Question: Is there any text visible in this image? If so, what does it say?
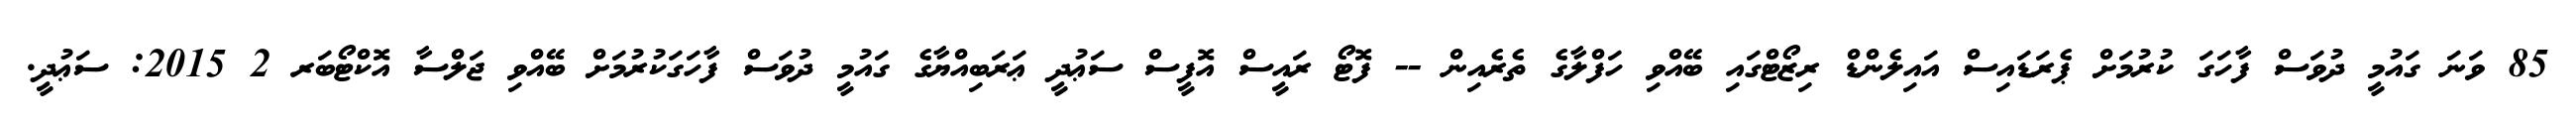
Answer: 85 ވަނަ ގައުމީ ދުވަސް ފާހަގަ ކުރުމަށް ޕެރަޑައިސް އައިލެންޑް ރިޒޯޓްގައި ބޭއްވި ހަފްލާގެ ތެރެއިން -- ފޮޓޯ ރައީސް އޮފީސް ސަޢުދީ ޢަރަބިއްޔާގެ ގައުމީ ދުވަސް ފާހަގަކުރުމަށް ބޭއްވި ޖަލްސާ އޮކްޓޯބަރ 2 2015: ސަޢުދީ.